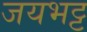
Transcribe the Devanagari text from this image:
जयभट्ट